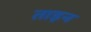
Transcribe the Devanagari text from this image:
ताड़न